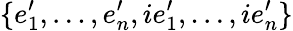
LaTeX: \{ e_{1}^{\prime},\ldots,e_{n}^{\prime},ie_{1}^{\prime},\ldots,ie_{n}^{\prime}\}